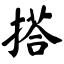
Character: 搭